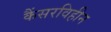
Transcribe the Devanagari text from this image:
कैंसरविहीन